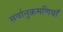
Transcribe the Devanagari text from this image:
सर्वानुक्रमणियाँ